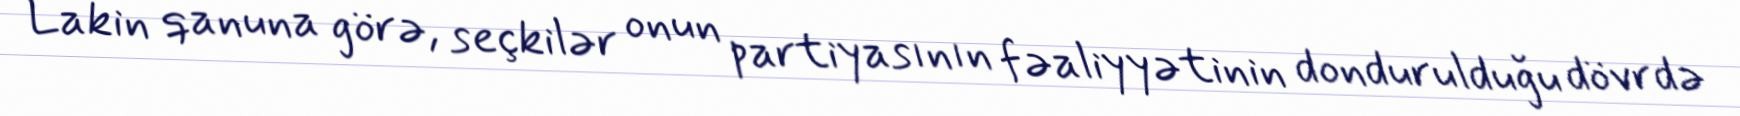
Lakin qanuna görə, seçkilər onun partiyasının fəaliyyətinin dondurulduğu dövrdə